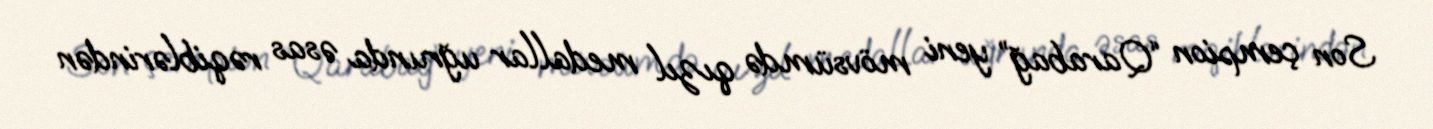
Son çempion “Qarabağ” yeni mövsümdə qızıl medallar uğrunda əsas rəqiblərindən